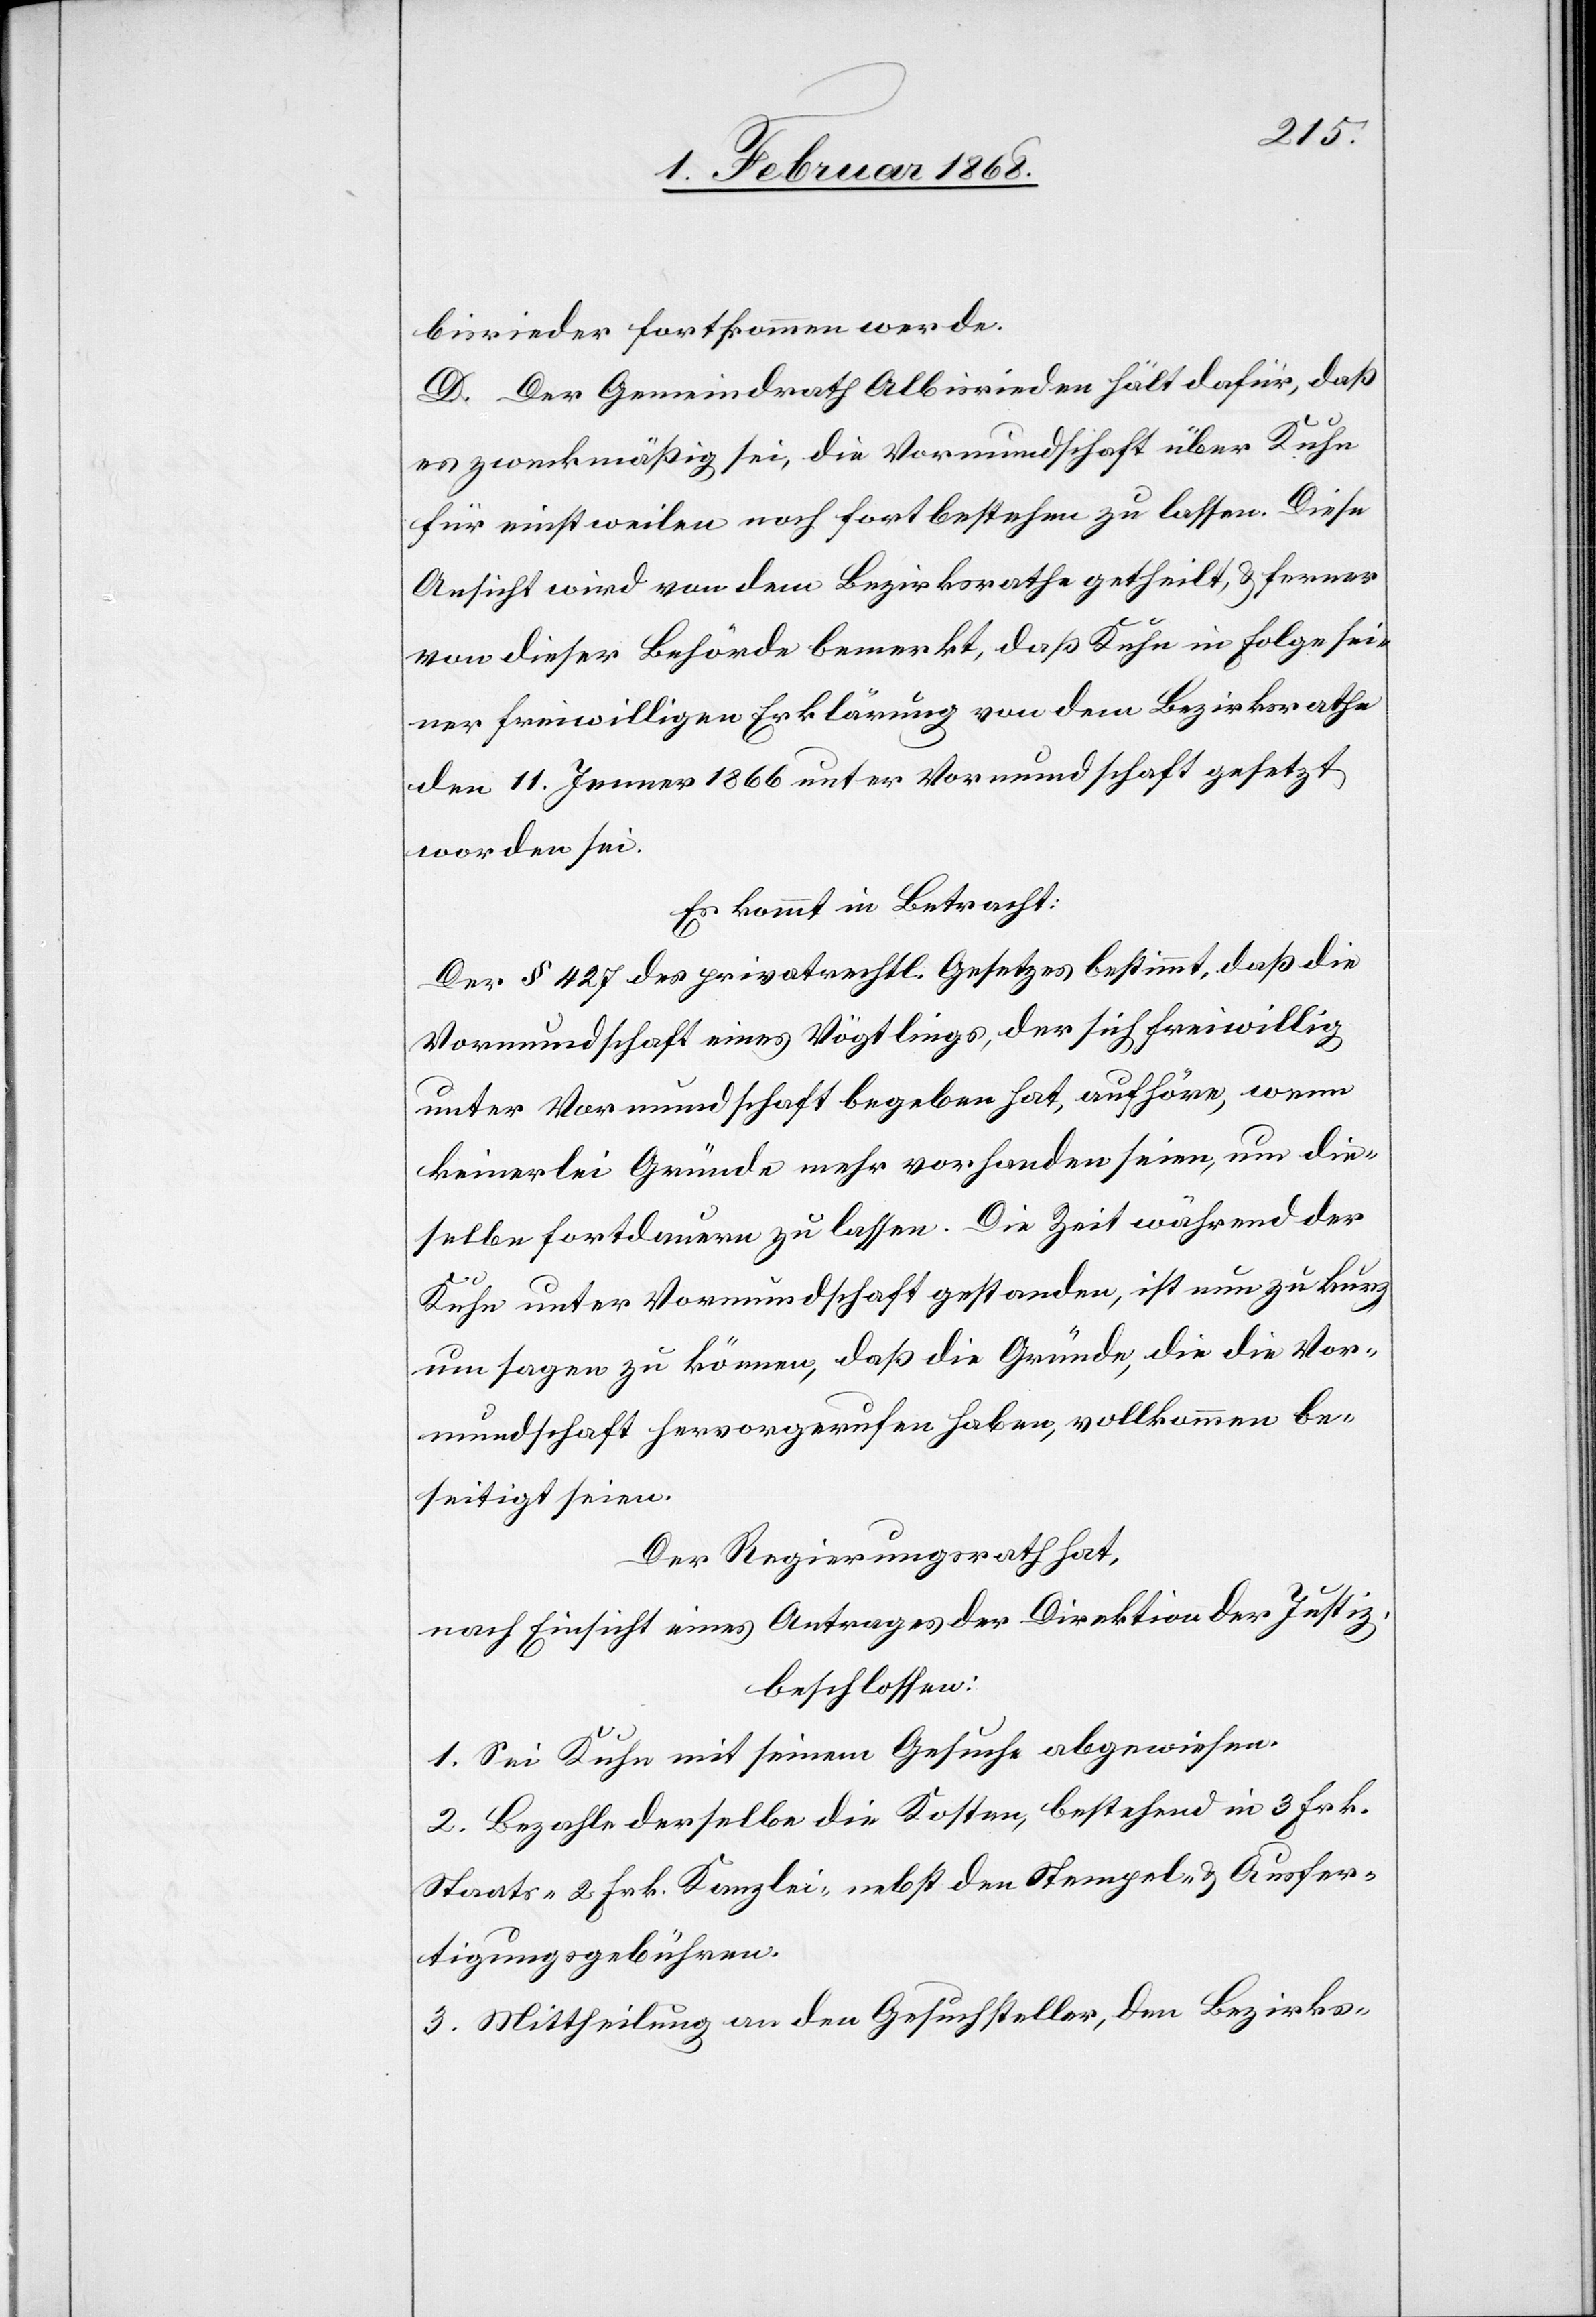
bisrieder fortkommen werde.
D. Der Gemeindrath Albisrieden hält dafür, daß
es zweckmäßig sei, die Vormundschaft über Kuhn
für einstweilen noch fortbestehen zu lassen. Diese
Ansicht wird von dem Bezirksrathe getheilt, & ferner
von dieser Behörde bemerkt, daß Kuhn in Folge sei¬
ner freiwilligen Erklärung von dem Bezirksrathe
den 11. Jenner 1866 unter Vormundschaft gesetzt
worden sei.
Es kommt in Betracht:
Der § 427 des privatrechtl. Gesetzes bestimmt, daß die
Vormundschaft eines Vögtlings, der sich freiwillig
unter Vormundschaft begeben hat, aufhöre, wenn
keinerlei Gründe mehr vorhanden seien, um die¬
selbe fortdauern zu lassen. Die Zeit während der
Kuhn unter Vormundschaft gestanden, ist nun zu kurz,
um sagen zu können, daß die Gründe, die die Vor¬
mundschaft hervorgerufen haben, vollkommen be¬
seitigt seien.
Der Regierungsrath hat,
nach Einsicht eines Antrages der Direktion der Justiz,
beschlossen:
1. Sei Kuhn mit seinem Gesuche abgewiesen.
2. Bezahle derselbe die Kosten, bestehend in 3 Frk.
Staats-[,] 2 Frk. Kanzlei-[,] nebst den Stempel- & Ausfer¬
tigungsgebühren.
3. Mittheilung an den Gesuchsteller, den Bezirks-